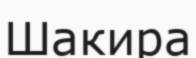
Шакира